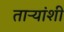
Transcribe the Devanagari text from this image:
ताऱ्यांशी